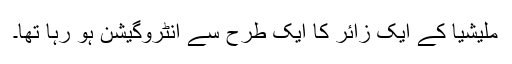
ملیشیا کے ایک زائر کا ایک طرح سے انٹروگیشن ہو رہا تھا۔